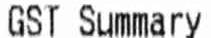
GST SUMMARY